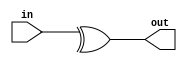
module Parity (in, out); // xor input bits
    parameter N = 5;

    input [N-1:0] in;
    output out;
    
    assign out = ^in;
endmodule